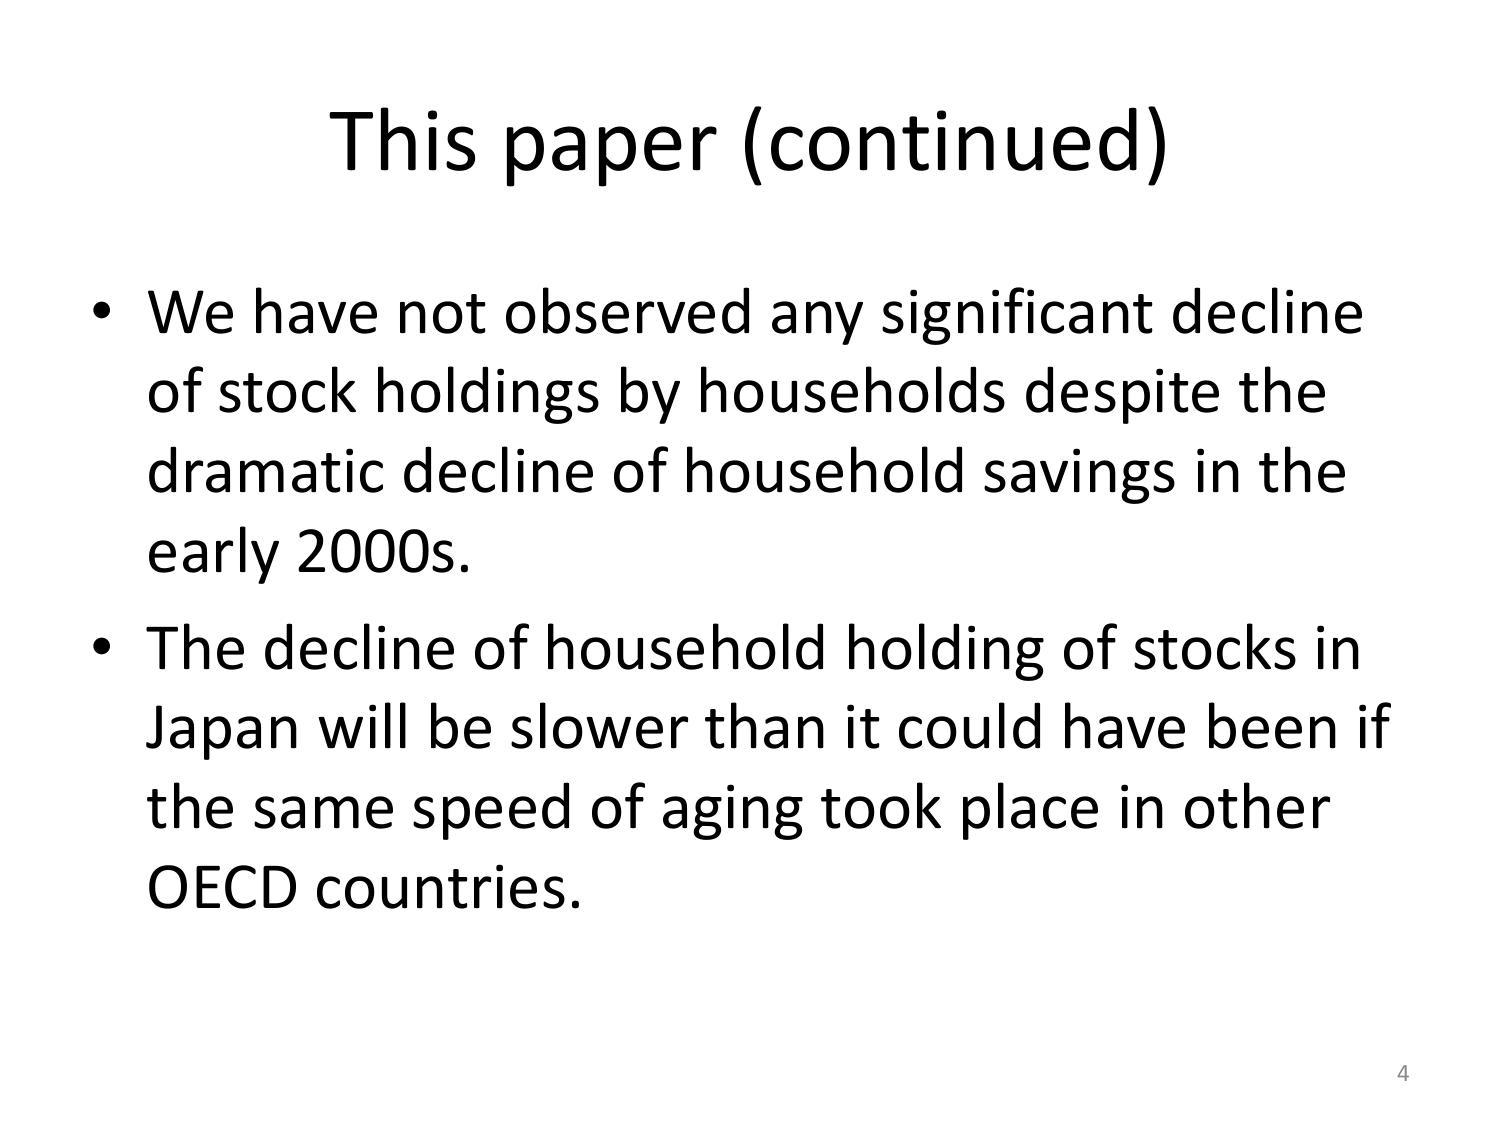
This paper (continued)

• We have not observed any significant decline of stock holdings by households despite the dramatic decline of household savings in the early 2000s.

• The decline of household holding of stocks in Japan will be slower than it could have been if the same speed of aging took place in other OECD countries.

4